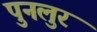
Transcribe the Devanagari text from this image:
पुनलुर